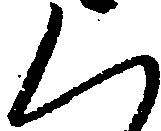
く